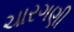
ચારગણી